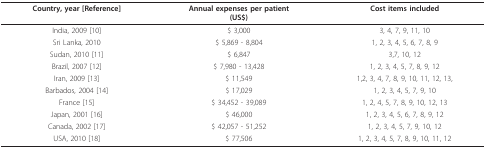
<table><thead><tr><td><b>Country, year [Reference]</b></td><td><b>Annual expenses per patient(US$)</b></td><td><b>Cost items included</b></td></tr></thead><tbody><tr><td>India, 2009 [10]</td><td>$ 3,000</td><td>3, 4, 7, 9, 11, 10</td></tr><tr><td>Sri Lanka, 2010</td><td>$ 5,869 - 8,804</td><td>1, 2, 3, 4, 5, 6, 7, 8, 9</td></tr><tr><td>Sudan, 2010 [11]</td><td>$ 6,847</td><td>3,7, 10, 12</td></tr><tr><td>Brazil, 2007 [12]</td><td>$ 7,980 - 13,428</td><td>1, 2, 3, 4, 5, 7, 8, 9, 12</td></tr><tr><td>Iran, 2009 [13]</td><td>$ 11,549</td><td>1,2, 3, 4, 7, 8, 9, 10, 11, 12, 13,</td></tr><tr><td>Barbados, 2004 [14]</td><td>$ 17,029</td><td>1, 2, 3, 4, 5, 7, 9, 10</td></tr><tr><td>France [15]</td><td>$ 34,452 - 39,089</td><td>1, 2, 4, 5, 7, 8, 9, 10, 12, 13</td></tr><tr><td>Japan, 2001 [16]</td><td>$ 46,000</td><td>1, 2, 3, 4, 5, 6, 7, 8, 9, 12</td></tr><tr><td>Canada, 2002 [17]</td><td>$ 42,057 - 51,252</td><td>1, 2, 3, 4, 5, 7, 9, 10, 12</td></tr><tr><td>USA, 2010 [18]</td><td>$ 77,506</td><td>1, 2, 3, 4, 5, 7, 8, 9, 10, 11, 12</td></tr></tbody></table>